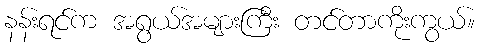
နန်းရင်က အရွယ်အများကြီး တင်တာကိုးကွယ်။